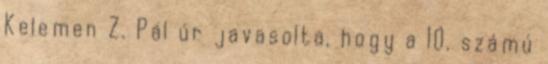
Kelemen Z. Pál úr javasolta, hogy a 10. számú